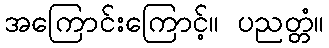
အကြောင်းကြောင့်။ ပညတ္တံ။